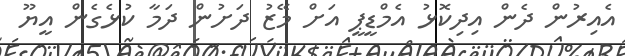
އެއިރުން ދެން އިދިކޮޅު އެމްޑީޕީ އަށް މޭޒު ދަށުން ދަމާ ކުޅެގެން އީޔޫ